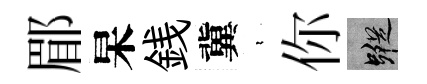
郿杲銭冀裊你蹤